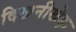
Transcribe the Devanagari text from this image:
दिखनीखेड़ा